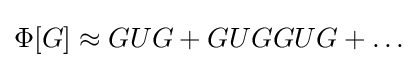
\Phi [G]\approx GUG+GUGGUG+\ldots